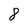
Character: 8